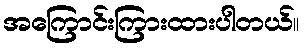
အကြောင်းကြားထားပါတယ်။